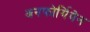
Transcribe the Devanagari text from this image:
अनफोर्गिवेन